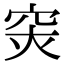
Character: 𥥍